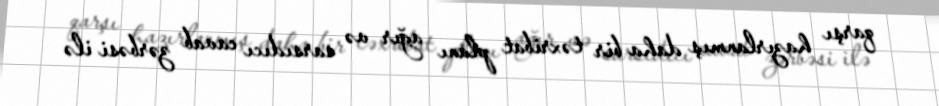
qarşı hazırlanmış daha bir təxribat planı ağır və sarsıdıcı cavab zərbəsi ilə